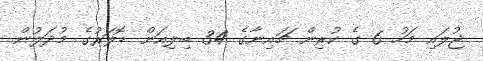
ޖުލައި މަހު 6 ގެ ކުރިން ޗައިނާގެ 34 ބިލިއަން ޑޮލަރުގެ މުދަލުން